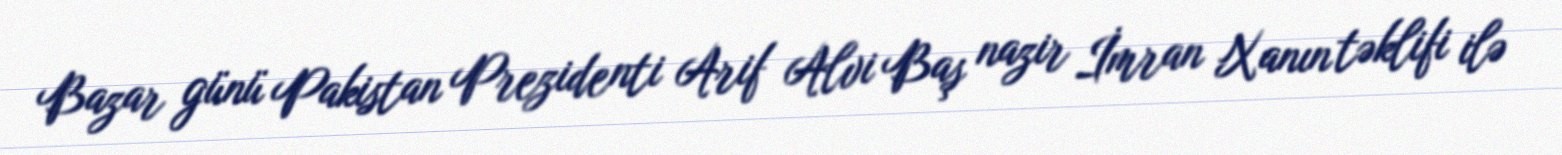
Bazar günü Pakistan Prezidenti Arif Alvi Baş nazir İmran Xanın təklifi ilə